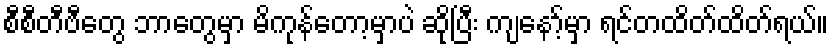
စီစီတီဗီတွေ ဘာတွေမှာ မိကုန်တော့မှာပဲ ဆိုပြီး ကျနော့်မှာ ရင်တထိတ်ထိတ်ရယ်။